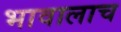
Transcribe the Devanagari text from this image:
भावालाच